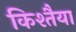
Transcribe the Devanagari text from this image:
किश्तैया